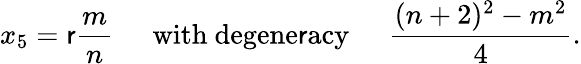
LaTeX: x_{5}=\mathsf{r}\frac{{m}}{{n}}\; \; \; \; \; \mathrm{{with\ degene\mathsf{r}acy}}\; \; \; \; \; \frac{{(n+2)^{2}-m^{2}}}{{4}}.